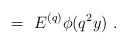
LaTeX: \begin{align*} \ =\ E^{(q)} \phi(q^2y) \ .\end{align*}